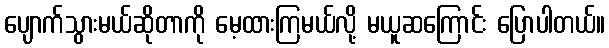
ပျောက်သွားမယ်ဆိုတာကို မေ့ထားကြမယ်လို့ မယူဆကြောင်း ပြောပါတယ်။